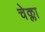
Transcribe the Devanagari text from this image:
चेक्ला